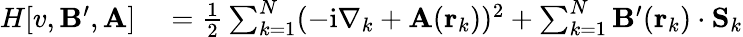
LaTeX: \begin{array}{rl}{H[v,\mathbf{B}^{\prime},\mathbf{A}]}&{{}=\frac{1}{2}\sum_{k=1}^{N}(-\mathrm{i}\nabla_{k}+\mathbf{A}(\mathbf{r}_{k}))^{2}+\sum_{k=1}^{N}\mathbf{B}^{\prime}(\mathbf{r}_{k})\cdot\mathbf{S}_{k}}\end{array}